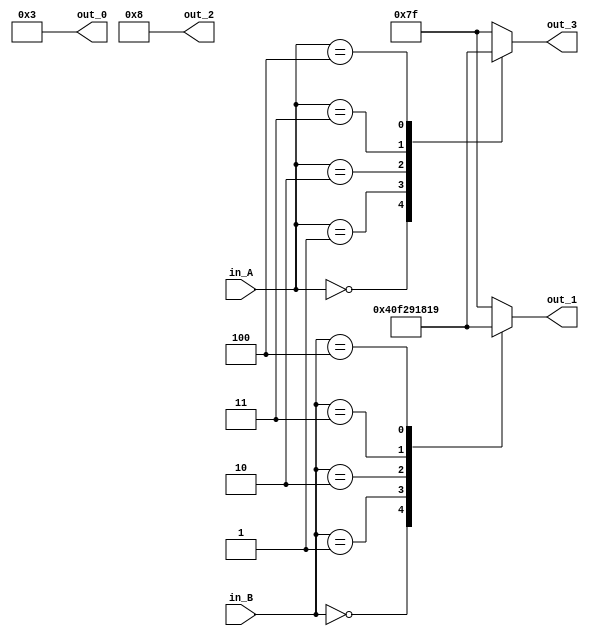
module ABSevenDisplay(in_A, in_B, out_0, out_1, out_2, out_3);

input [3:0] in_A;
input [3:0] in_B;
output reg [6:0] out_0;
output reg [6:0] out_1;
output reg [6:0] out_2;
output reg [6:0] out_3;

always @(*)begin
	case(in_A)
    0 : out_3 = 7'b1000000;
    1 : out_3 = 7'b1111001;
    2 : out_3 = 7'b0100100;
    3 : out_3 = 7'b0110000;
    4 : out_3 = 7'b0011001;
    default : out_3 = 7'b1111111;
endcase

case(in_B)
    0 : out_1 = 7'b1000000;
    1 : out_1 = 7'b1111001;
    2 : out_1 = 7'b0100100;
    3 : out_1 = 7'b0110000;
    4 : out_1 = 7'b0011001;
    default : out_1 = 7'b1111111;
endcase

out_2 = 7'b0001000;
out_0 = 7'b0000011;
end

endmodule